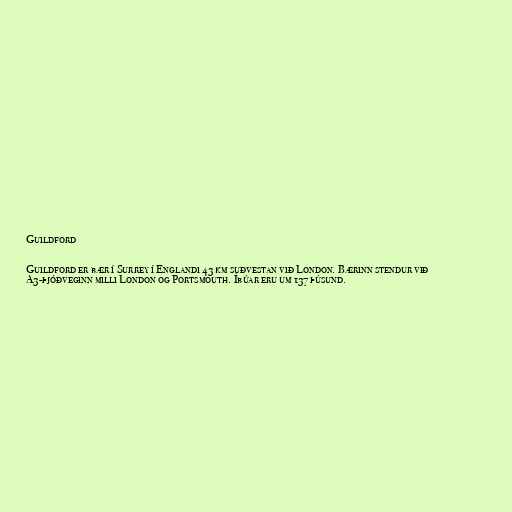
Guildford

Guildford er bær í Surrey í Englandi 43 km suðvestan við London. Bærinn stendur við
A3-þjóðveginn milli London og Portsmouth. Íbúar eru um 137 þúsund.